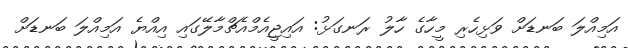
އަމިއްލަ ބަނޑަށް ވަޅިހެރި މީހާގެ ހާލު ރަނގަޅު: އައިޖީއެމްއެޗްމާލޭގައި އިއްޔެ އަމިއްލަ ބަނޑަށް